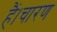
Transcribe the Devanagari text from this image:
हैं।चारण